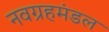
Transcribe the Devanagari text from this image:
नवग्रहमंडल